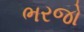
ભરજો